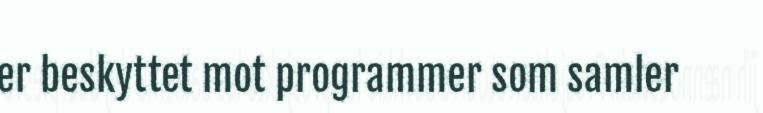
er beskyttet mot programmer som samler